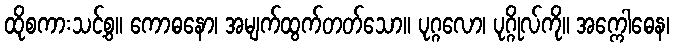
ထိုစကားသင့်စွ။ ကောဓနော၊ အမျက်ထွက်တတ်သော။ ပုဂ္ဂလော၊ ပုဂ္ဂိုလ်ကို။ အက္ကေါဓေန၊